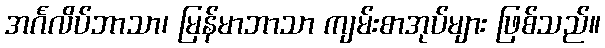
အင်္ဂလိပ်ဘာသာ၊ မြန်မာဘာသာ ကျမ်းစာအုပ်များ ဖြစ်သည်။